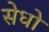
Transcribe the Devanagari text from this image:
सेधो